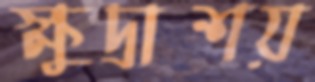
ক্ষুদ্রাশয়